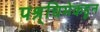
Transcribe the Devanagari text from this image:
पश्र्चिमेकडून